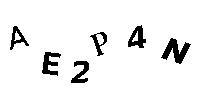
AE2P4N